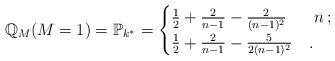
LaTeX: \begin{align*}\mathbb{Q}_{M}(M=1)=\mathbb{P}_{k^{*}}=\begin{cases}\frac{1}{2}+\frac{2}{n-1}-\frac{2}{(n-1)^2}& \,\, n \,;\\\frac{1}{2}+\frac{2}{n-1}-\frac{5}{2(n-1)^2}& .\end{cases}\end{align*}